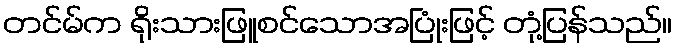
တင်မ်က ရိုးသားဖြူစင်သောအပြုံးဖြင့် တုံ့ပြန်သည်။